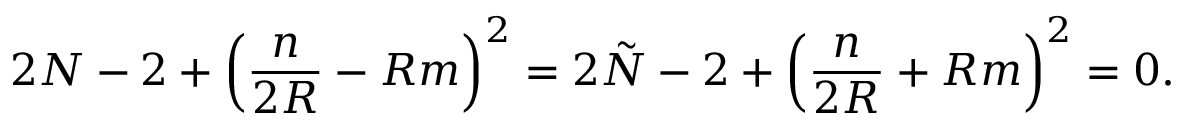
2 N - 2 + \left( \frac { n } { 2 R } - R m \right) ^ { 2 } = 2 \tilde { N } - 2 + \left( \frac { n } { 2 R } + R m \right) ^ { 2 } = 0 .